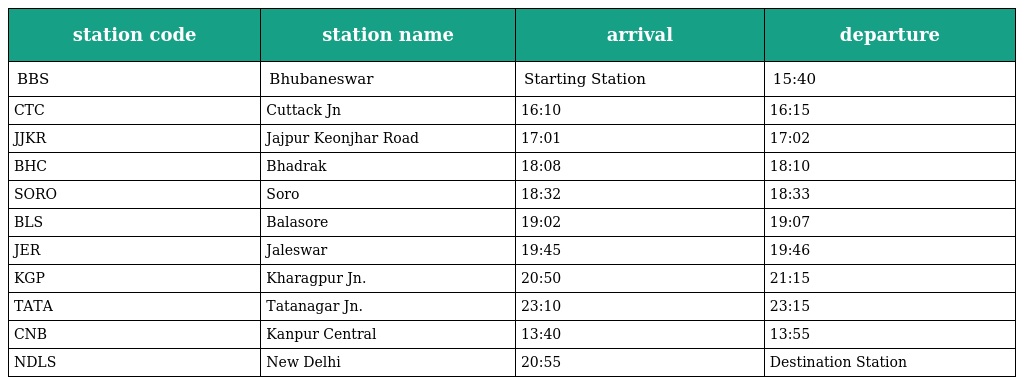
| station code | station name | arrival | departure |
 | --- | --- | --- | --- |
 | BBS | Bhubaneswar | Starting Station | 15:40 |
 | CTC | Cuttack Jn | 16:10 | 16:15 |
 | JJKR | Jajpur Keonjhar Road | 17:01 | 17:02 |
 | BHC | Bhadrak | 18:08 | 18:10 |
 | SORO | Soro | 18:32 | 18:33 |
 | BLS | Balasore | 19:02 | 19:07 |
 | JER | Jaleswar | 19:45 | 19:46 |
 | KGP | Kharagpur Jn. | 20:50 | 21:15 |
 | TATA | Tatanagar Jn. | 23:10 | 23:15 |
 | CNB | Kanpur Central | 13:40 | 13:55 |
 | NDLS | New Delhi | 20:55 | Destination Station |